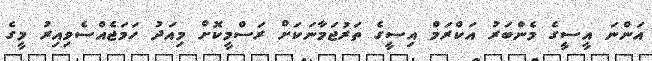
އަންނަ އީސީގެ މެންބަރު އަކްރަމް އިސީގެ ތަރުޖަމާނަކަށް ރަސްމީކޮށް މިއަދު ހަމަޖެއްސެވިއިރު މީގެ